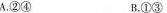
A.②④ B.①③